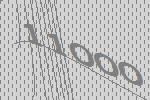
11000